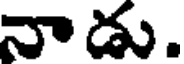
నాడు.